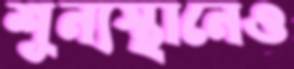
শূন্যস্থানেও